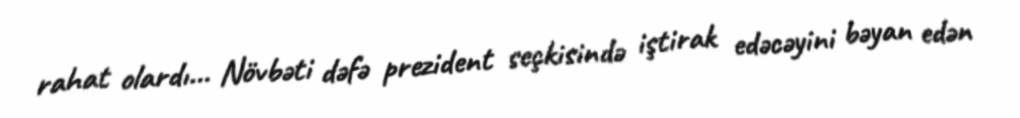
rahat olardı... Növbəti dəfə prezident seçkisində iştirak edəcəyini bəyan edən